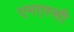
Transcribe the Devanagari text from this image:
एमएस्सी